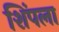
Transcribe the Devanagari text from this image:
शिंपला